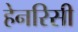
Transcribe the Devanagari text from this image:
हेनरिसी